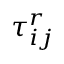
\tau _ { i j } ^ { r }